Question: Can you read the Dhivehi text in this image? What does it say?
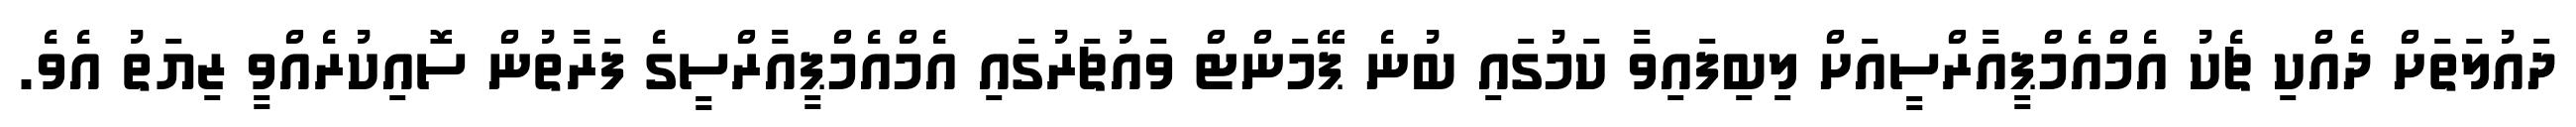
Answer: ދައުލަތަށް ދެއްކި ޗެކު އެމްއެމްޕީއާރްސީއަށް ލިބިފައިވާ ކަމުގައި ބުނެ ޕޭމަންޓް ވައުޗަރުގައި އެމްއެމްޕީއާރްސީގެ ފަރާތުން ސޮއިކުރެއްވީ ޒިޔަތު އެވެ.